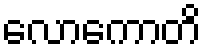
လောကောတိ